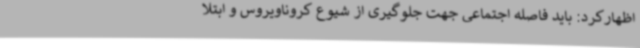
اظهارکرد: باید فاصله اجتماعی جهت جلوگیری از شیوع کروناویروس و ابتلا